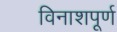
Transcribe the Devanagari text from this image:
विनाशपूर्ण